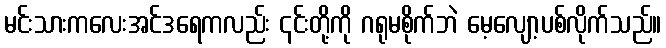
မင်းသားကလေးအင်ဒရေကလည်း ၎င်းတို့ကို ဂရုမစိုက်ဘဲ မေ့လျော့ပစ်လိုက်သည်။